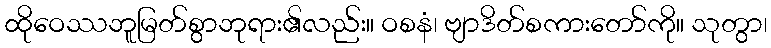
ထိုဝေဿဘူမြတ်စွာဘုရား၏လည်း။ ဝစနံ၊ ဗျာဒိတ်စကားတော်ကို။ သုတွာ၊